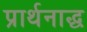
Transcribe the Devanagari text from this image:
प्रार्थनाद्ध